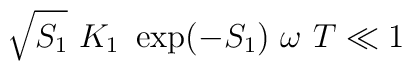
\sqrt{S_{1}} \  K_{1} \ \exp(-S_{1}) \  \omega \  T \ll 1